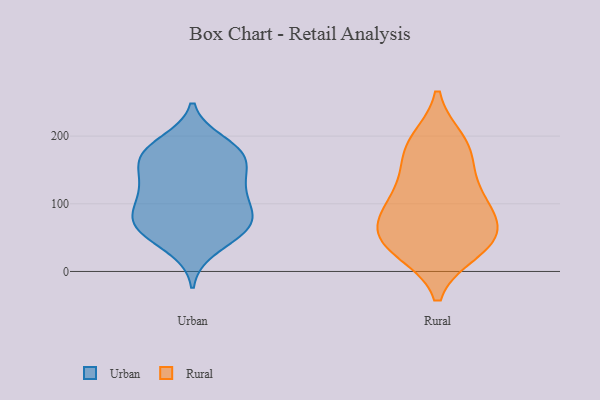
{"axis": {"x": "Satisfaction Score", "y": "Value"}, "legend": ["Rural", "Urban"], "data": [{"x": "", "y": 132, "type": "Urban"}, {"x": "", "y": 60, "type": "Urban"}, {"x": "", "y": 171, "type": "Urban"}, {"x": "", "y": 138, "type": "Urban"}, {"x": "", "y": 97, "type": "Urban"}, {"x": "", "y": 58, "type": "Urban"}, {"x": "", "y": 173, "type": "Urban"}, {"x": "", "y": 81, "type": "Urban"}, {"x": "", "y": 174, "type": "Urban"}, {"x": "", "y": 62, "type": "Urban"}, {"x": "", "y": 34, "type": "Urban"}, {"x": "", "y": 71, "type": "Urban"}, {"x": "", "y": 116, "type": "Urban"}, {"x": "", "y": 74, "type": "Urban"}, {"x": "", "y": 127, "type": "Urban"}, {"x": "", "y": 180, "type": "Urban"}, {"x": "", "y": 190, "type": "Urban"}, {"x": "", "y": 162, "type": "Urban"}, {"x": "", "y": 95, "type": "Urban"}, {"x": "", "y": 36, "type": "Rural"}, {"x": "", "y": 120, "type": "Rural"}, {"x": "", "y": 191, "type": "Rural"}, {"x": "", "y": 88, "type": "Rural"}, {"x": "", "y": 120, "type": "Rural"}, {"x": "", "y": 32, "type": "Rural"}, {"x": "", "y": 86, "type": "Rural"}, {"x": "", "y": 58, "type": "Rural"}, {"x": "", "y": 181, "type": "Rural"}, {"x": "", "y": 175, "type": "Rural"}, {"x": "", "y": 45, "type": "Rural"}, {"x": "", "y": 56, "type": "Rural"}]}